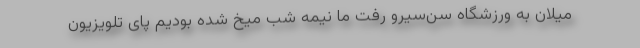
میلان به ورزشگاه سن‌سیرو رفت ما نیمه شب میخ شده بودیم پای تلویزیون